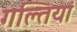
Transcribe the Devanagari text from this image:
गल्तियां